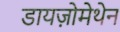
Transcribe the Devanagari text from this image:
डायज़ोमेथेन